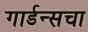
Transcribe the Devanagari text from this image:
गार्डन्सचा